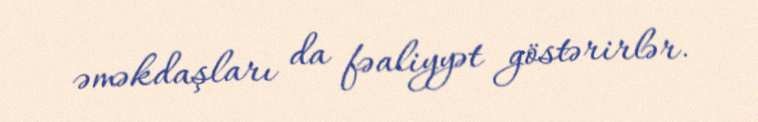
əməkdaşları da fəaliyyət göstərirlər.